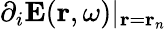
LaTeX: \partial_{i}\mathbf{E}(\mathbf{r},\omega)|_{\mathbf{r}=\mathbf{r}_{n}}